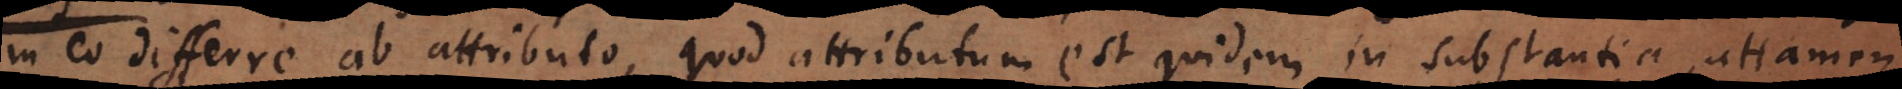
in eo differre ab attributo, quod attributum est quidem in substantia, attamen